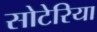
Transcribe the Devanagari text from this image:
सोटेरिया